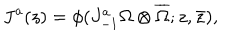
J ^ { a } ( z ) = \phi ( J _ { - 1 } ^ { a } \Omega \otimes \overline { { { \Omega } } } ; z , \bar { z } ) ,